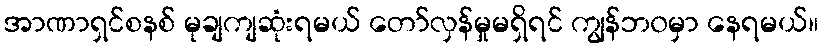
အာဏာရှင်စနစ် မုချကျဆုံးရမယ် တော်လှန်မှုမရှိရင် ကျွန်ဘ၀မှာ နေရမယ်။